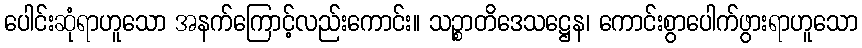
ပေါင်းဆုံရာဟူသော အနက်ကြောင့်လည်းကောင်း။ သဉ္စာတိဒေသဋ္ဌေန၊ ကောင်းစွာပေါက်ဖွားရာဟူသော